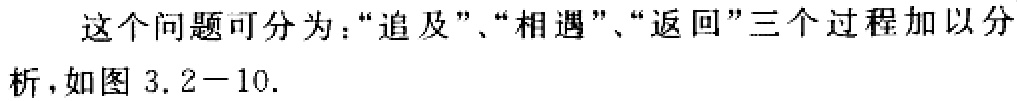
这个问题可分为：“追及”、“相遇”、“返回”三个过程加以分析，如图 3.2−10.